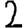
Digit: 2